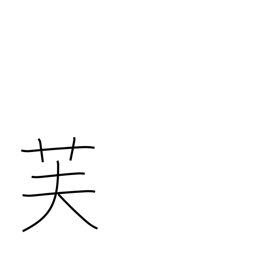
Meaning: Mt Fuji